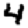
Digit: 4